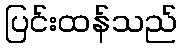
ပြင်းထန်သည်